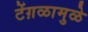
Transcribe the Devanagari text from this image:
टेंग़ळामुळे